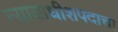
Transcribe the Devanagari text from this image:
न्यायाधीशपदाचा